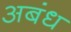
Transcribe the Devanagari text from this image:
अबंध